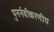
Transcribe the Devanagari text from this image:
पुनर्नवीकरणीय